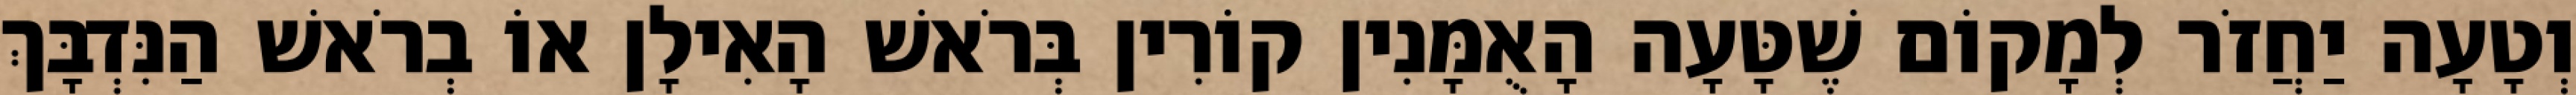
וְטָעָה יַחֲזֹר לְמָקוֹם שֶׁטָּעָה הָאֻמָּנִין קוֹרִין בְּרֹאשׁ הָאִילָן אוֹ בְרֹאשׁ הַנִּדְבָּךְ